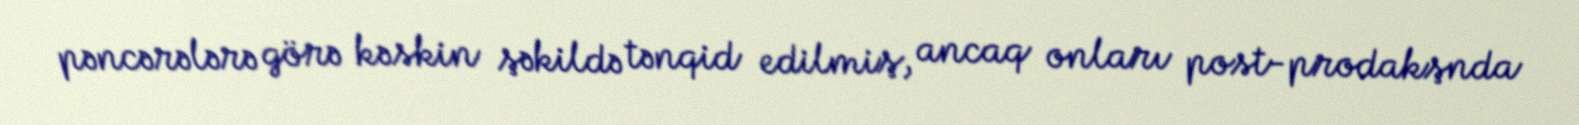
pəncərələrə görə kəskin şəkildə tənqid edilmiş, ancaq onları post-prodakşnda